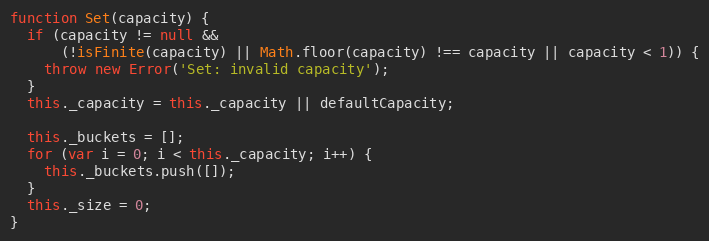
Language: JavaScript
function Set(capacity) {
  if (capacity != null &&
      (!isFinite(capacity) || Math.floor(capacity) !== capacity || capacity < 1)) {
    throw new Error('Set: invalid capacity');
  }
  this._capacity = this._capacity || defaultCapacity;

  this._buckets = [];
  for (var i = 0; i < this._capacity; i++) {
    this._buckets.push([]);
  }
  this._size = 0;
}